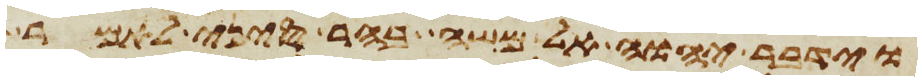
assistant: וידבר יהוה אל משה בהר סיני לאמר